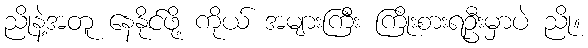
ညိုနဲ့အတူ နေနိုင်ဖို့ ကိုယ် အများကြီး ကြိုးစားရဦးမှာပဲ ညို။